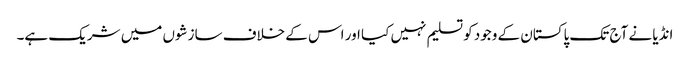
انڈیا نے آج تک پاکستان کے وجود کو تسلیم نہیں کیا اور اس کے خلاف سازشوں میں شریک ہے۔